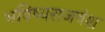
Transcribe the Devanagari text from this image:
भविष्यराजवंश